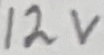
Text: 12V